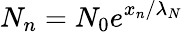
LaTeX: N_{n}=N_{0}e^{x_{n}/\lambda_{N}}